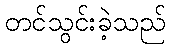
တင်သွင်းခဲ့သည်